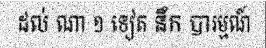
ដល់ ណា ១ ទៀត នឹក បារម្មណ៍